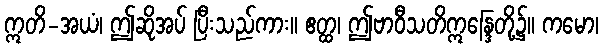
ဣတိ-အယံ၊ ဤဆိုအပ် ပြီးသည်ကား။ ဧတ္ထ၊ ဤဗာဝီသတိဣန္ဒြေတို့၌။ ကမော၊